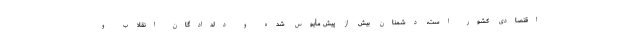
اقتصادی کشور است، دشمنان بیش از پیش مأیوس شده و دلدادگان انقلاب و